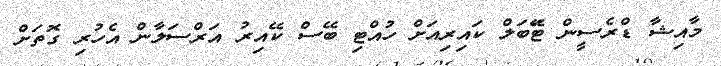
މާއިޝާ ޑްރެސީން ޓޭަބަލް ކައިރިއަށް ހުއްޓި ބޭސް ކޭއިރު އަރްސަލާން އެހުރި ގޮތަށް